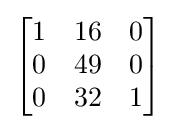
{\begin{bmatrix}1&16&0\\0&49&0\\0&32&1\end{bmatrix}}